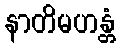
နာတိမဟန္တံ